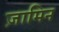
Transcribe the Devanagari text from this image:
ज़ामिन